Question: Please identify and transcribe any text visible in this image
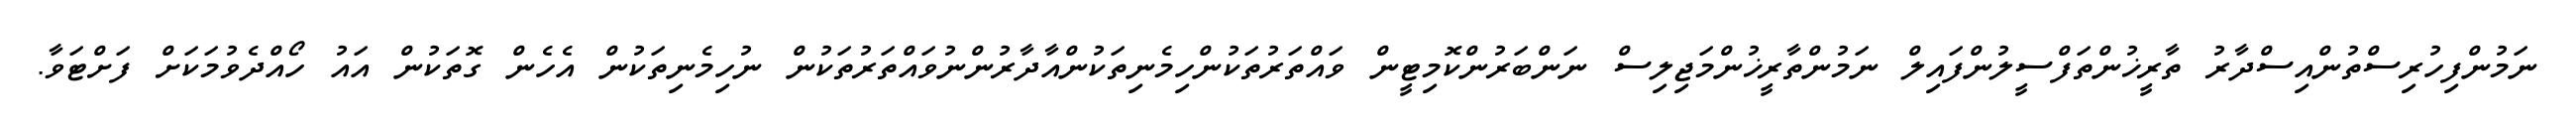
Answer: ނަމުންފިހުރިސްތުންއިސްދާރު ތާރީޚުންތަފްސީލުންފައިލް ނަމުންތާރީޚުންމަޖިލިސް ނަންބަރުންކޮމިޓީން ވައްތަރުތަކުންހިމެނިތަކުންއާދާރުންނުވައްތަރުތަކުން ނުހިމެނިތަކުން އެހެން ގޮތަކުން އައު ހޯއްދެވުމަކަށް ފަށްޓަވާ.